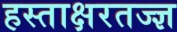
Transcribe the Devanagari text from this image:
हस्ताक्षरतज्ज्ञ